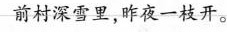
前村深雪里，昨夜一枝开。